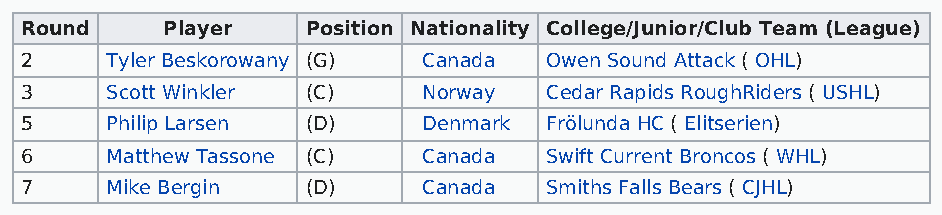
Round     Player   Position Nationality College/Junior/Club Team (League)
 2     Tyler Beskorowany (G) Canada Owen Sound Attack ( OHL)
 3     Scott Winkler (C)    Norway  Cedar Rapids RoughRiders ( USHL)
 5     Philip Larsen (D)    Denmark Frölunda HC ( Elitserien)
 6     Matthew Tassone (C)  Canada  Swift Current Broncos ( WHL)
 7     Mike Bergin  (D)     Canada  Smiths Falls Bears ( CJHL)